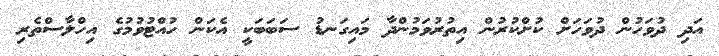
އަދި ދުވަހުން ދުވަހަށް ކުށްކުރުން އިތުރުވަމުންދާ މައިގަނޑު ސަބަބަކީ އެކަން ހުއްޓުވުމުގެ އިހްލާސްތެރި